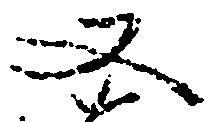
又